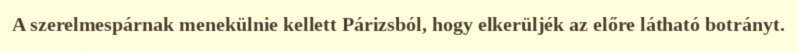
A szerelmespárnak menekülnie kellett Párizsból, hogy elkerüljék az előre látható botrányt.